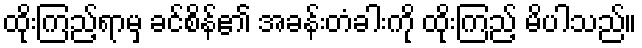
ထိုးကြည့်ရာမှ ခင်စိန်၏ အခန်းတံခါးကို ထိုးကြည့် မိပါသည်။